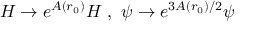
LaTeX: H \rightarrow e ^ { A ( r _ { 0 } ) } H \mathrm { ~ , ~ } \psi \rightarrow e ^ { 3 A ( r _ { 0 } ) / 2 } \psi